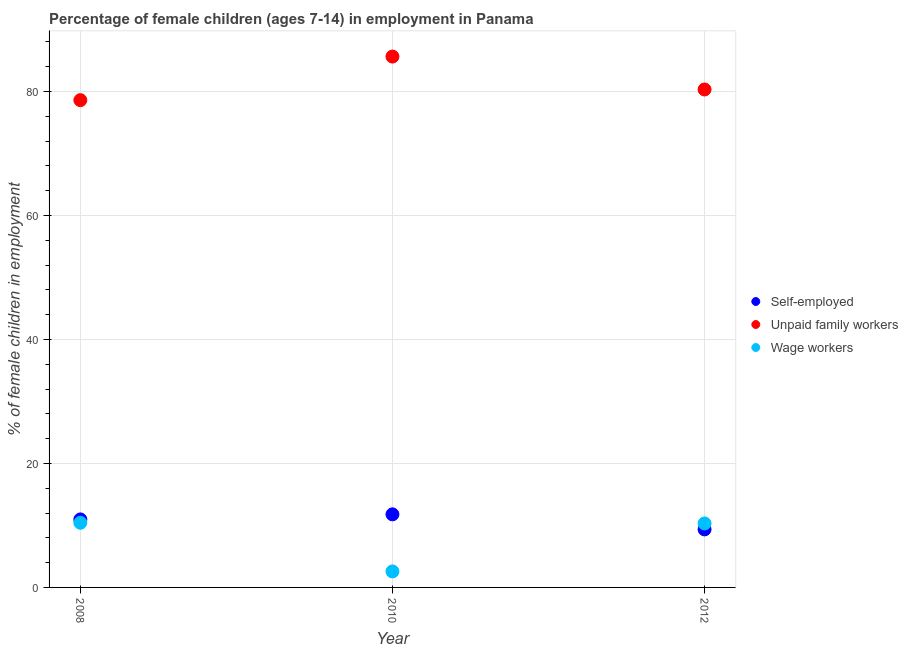
| Year | Self-employed | Unpaid family workers | Wage workers |
 | --- | --- | --- | --- |
 | 2008 | 11 | 78.6 | 10.4 |
 | 2010 | 11.8 | 85.6 | 2.58 |
 | 2012 | 9.36 | 80.3 | 10.3 |